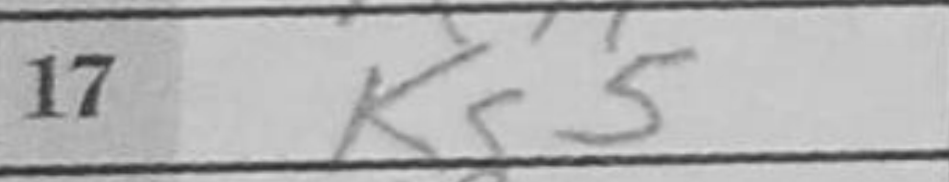
Transcription: Kg5